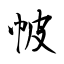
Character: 帔